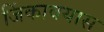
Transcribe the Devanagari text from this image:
जिंकावयास